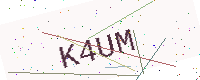
Text: K4UM